Indian journal of veterinary science and animal husbandry - Volume 13,
Year: 1943
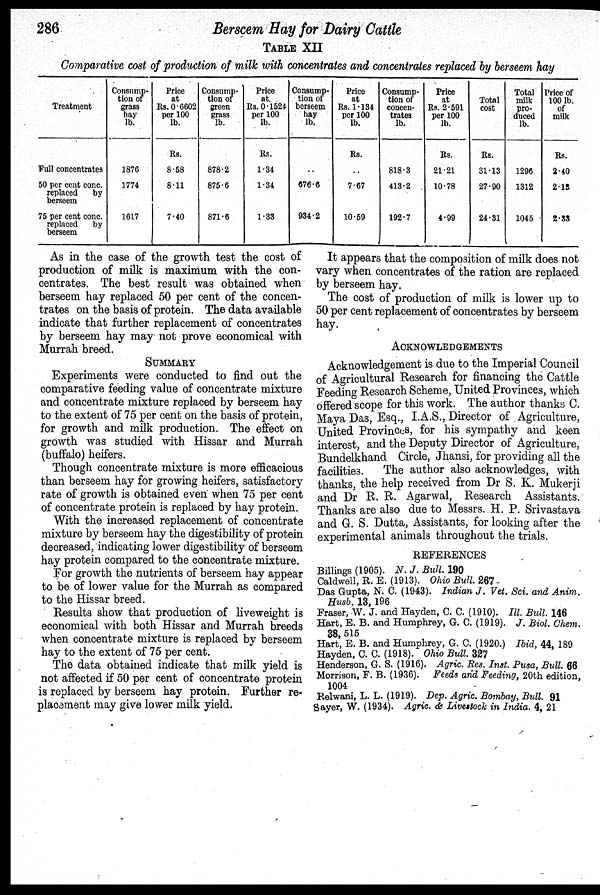
286
Berscem Hay for Dairy Cattle
TABLE XII
Comparative cost of production of milk with concentrates and concentrates replaced by berseem hay
Treatment
Full concentrates
50 per cent conc.
replaced
by
berseem
75 per cent conc.
replaced
by
berseem
Consump-
tion of
grass
hay
lb.
1876
1774
1617
Price
at
Rs. 0.6602
per 100
lb.
Rs.
8.58
8.11
7.40
Consump-
tion of
green
grass
lb.
878.2
875.6
871.6
Price
at.
Rs. 0.1524
per 100
lb.
Rs.
1.34
1.34
1.33
Consump-
tion of
berseem
hay
lb.
..
676.6
934.2
Price
at
Rs. 1.134
per 100
lb.
Rs.
..
7.67
10.59
Consump-
tion of
concen-
trates
lb.
818.3
413.2
192.7
Price
at
Rs. 2.591
per 100
lb.
Rs.
21.21
10.78
4.99
Total
cost
Rs.
31.13
27.90
24.31
Total
milk-
pro-
duced
lb.
1296
1312
1045
Price of
100 lb.
of
milk
Rs.
2.40
2.18
2.38
As in the case of the growth test the cost of
production of milk is maximum with the con-
centrates. The best result was obtained when
berseem hay replaced 50 per cent of the concen-
trates on the basis of protein. The data available
indicate that further replacement of concentrates
by berseem hay may not prove economical with
Murrah breed.
SUMMARY
Experiments were conducted to find out the
comparative feeding value of concentrate mixture
and concentrate mixture replaced by berseem hay
to the extent of 75 per cent on the basis of protein,
for growth and milk production. The effect on
growth was studied with Hissar and Murrah
(buffalo) heifers.
Though concentrate mixture is more efficacious
than berseem hay for growing heifers, satisfactory
rate of growth is obtained even when 75 per cent
of concentrate protein is replaced by hay protein.
With the increased replacement of concentrate
mixture by berseem hay the digestibility of protein
decreased, indicating lower digestibility of berseem
hay protein compared to the concentrate mixture.
For growth the nutrients of berseem hay appear
to be of lower value for the Murrah as compared
to the Hissar breed.
Results show that production of liveweight is
economical with both Hissar and Murrah breeds
when concentrate mixture is replaced by berseem
hay to the extent of 75 per cent.
The data obtained indicate that milk yield is
not affected if 50 per cent of concentrate protein
is replaced by berseem hay protein. Further re-
placement may give lower milk yield.
It appears that the composition of milk does not
vary when concentrates of the ration are replaced
by berseem hay.
The cost of production of milk is lower up to
50 per cent replacement of concentrates by berseem
hay.
ACKNOWLEDGEMENTS
Acknowledgement is due to the Imperial Council
of Agricultural Research for financing the Cattle
Feeding Research Scheme, United Provinces, which
offered scope for this work. The author thanks C.
Maya Das, Esq., I.A.S., Director of Agriculture,
United Provinces, for his sympathy and keen
interest, and the Deputy Director of Agriculture,
Bundelkhand Circle, Jhansi, for providing all the
facilities.
The author also acknowledges, with
thanks, the help received from Dr S. K. Mukerji
and Dr R. R. Agarwal, Research Assistants.
Thanks are also due to Messrs. H. P. Srivastava
and G. S. Dutta, Assistants, for looking after the
experimental animals throughout the trials.
REFERENCES
Billings (1905). N. J. Bull. 190
Caldwell, R. E. (1913). Ohio Bull. 267
Das Gupta, N. C. (1943). Indian J. Vet. Sci. and Anim.
Husb. 13, 196
Fraser, W. J. and Hayden, C. C. (1910). Ill. Bull. 146
Hart, E. B. and Humphrey, G. C. (1919). J. Biol. Chem.
38, 515
Hart, E. B. and Humphrey, G. C. (1920.) Ibid, 44, 189
Hayden, C. C. (1918). Ohio Bull. 327
Henderson, G. S. (1916). Agric. Res. Inst. Pusa, Bull. 66
Morrison, F. B. (1936). Feeds and Feeding, 20th edition,
1004
Relwani, L. L. (1919). Dep. Agric. Bombay, Bull. 91
Sayer, W. (1934). Agric. & Livestock in India. 4, 21